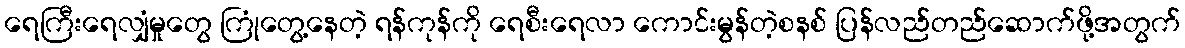
ရေကြီးရေလျှံမှုတွေ ကြုံတွေ့နေတဲ့ ရန်ကုန်ကို ရေစီးရေလာ ကောင်းမွန်တဲ့စနစ် ပြန်လည်တည်ဆောက်ဖို့အတွက်